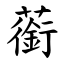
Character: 䕔